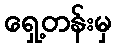
ရှေ့တန်းမှ